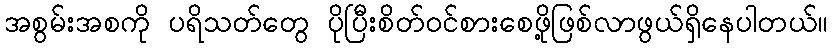
အစွမ်းအစကို ပရိသတ်တွေ ပိုပြီးစိတ်ဝင်စားစေဖို့ဖြစ်လာဖွယ်ရှိနေပါတယ်။